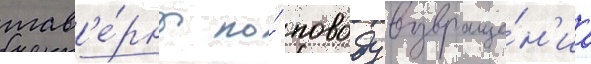
тав'е́рны по́ поводу возвраще́н'иа